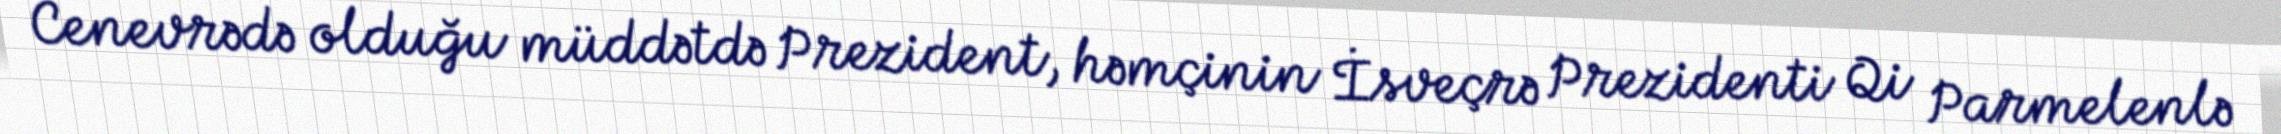
Cenevrədə olduğu müddətdə Prezident, həmçinin İsveçrə Prezidenti Qi Parmelenlə